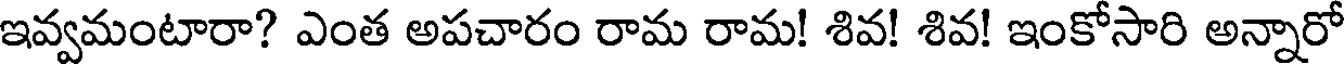
ఇవ్వమంటారా? ఎంత అపచారం రామ రామ! శివ! శివ! ఇంకోసారి అన్నారో